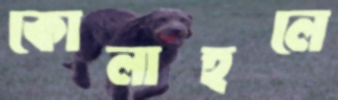
কোলাহলে